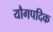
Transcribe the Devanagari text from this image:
यौगपदिक